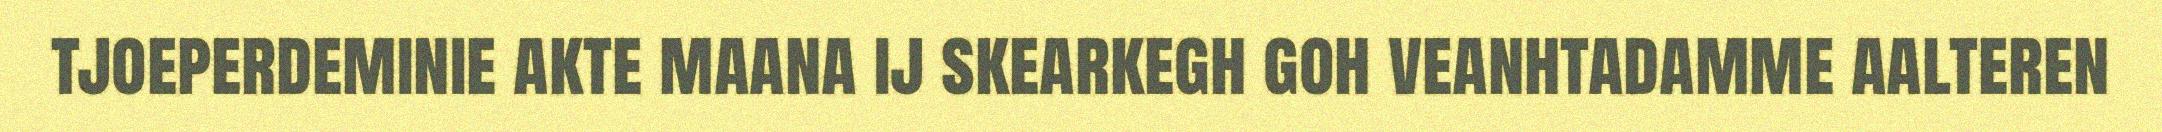
tjoeperdeminie akte maana ij skearkegh goh veanhtadamme aalteren